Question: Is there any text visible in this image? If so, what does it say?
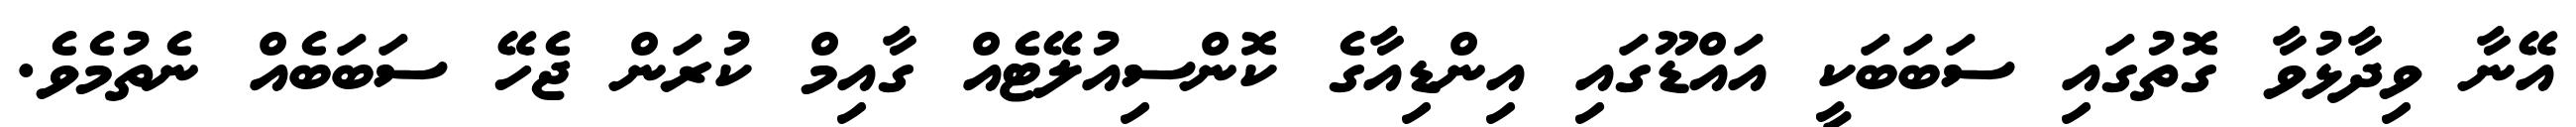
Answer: އޭނާ ވިދާޅުވާ ގޮތުގައި ސަބަބަކީ އައްޑޫގައި އިންޑިއާގެ ކޮންސިއުލޭޓެއް ގާއިމް ކުރަން ޖެހޭ ސަބަބެއް ނެތުމެވެ.